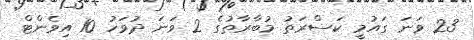
23 ވަނަ ގައުމީ ކަސްރަތު މުބާރާތުގެ 2 ވަނަ ދުވަހު 10 އިވެންޓް